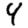
Digit: 4